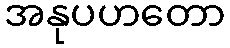
အနုပဟတော